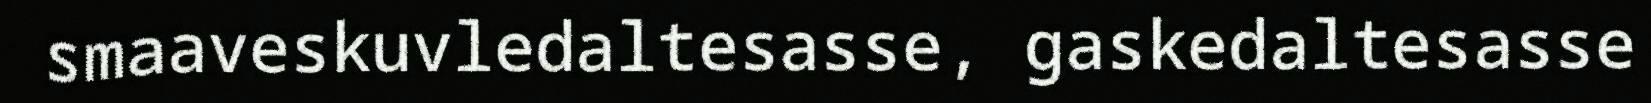
smaaveskuvledaltesasse, gaskedaltesasse